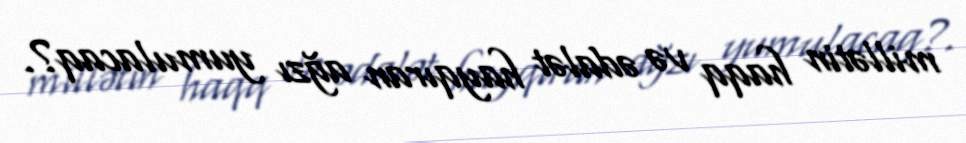
millətin haqq və ədalət hayqıran ağzı yumulacaq?.